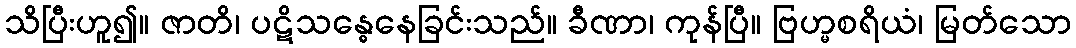
သိပြီးဟူ၍။ ဇာတိ၊ ပဋိသန္ဓေနေခြင်းသည်။ ခီဏာ၊ ကုန်ပြီ။ ဗြဟ္မစရိယံ၊ မြတ်သော